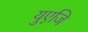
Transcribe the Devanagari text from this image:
युएजि